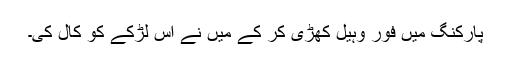
پارکنگ میں فور وہیل کھڑی کر کے میں نے اس لڑکے کو کال کی۔